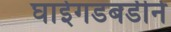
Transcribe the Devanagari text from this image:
घाईगडबडीने